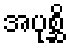
အပုစ္ဆိ